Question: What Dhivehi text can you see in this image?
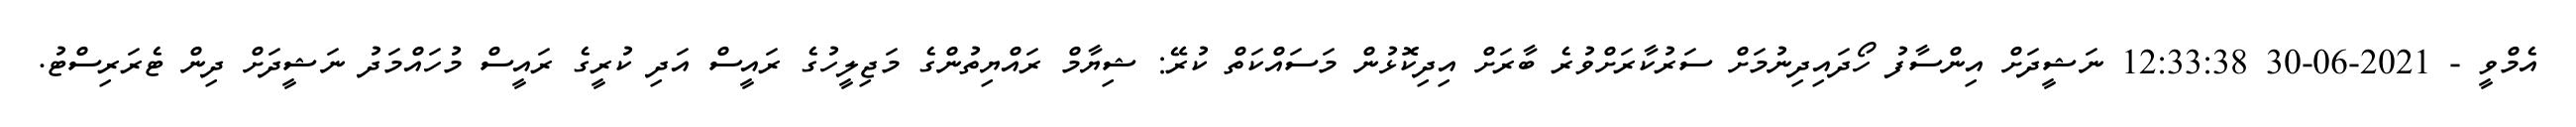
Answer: އެމްވީ - 2021-06-30 12:33:38 ނަޝީދަށް އިންސާފު ހޯދައިދިނުމަށް ސަރުކާރަށްވުރެ ބާރަށް އިދިކޮޅުން މަސައްކަތް ކުރޭ: ޝިޔާމް ރައްޔިތުންގެ މަޖިލީހުގެ ރައީސް އަދި ކުރީގެ ރައީސް މުހައްމަދު ނަޝީދަށް ދިން ޓެރަރިސްޓު.